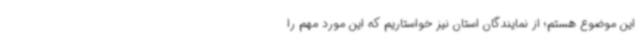
این موضوع هستم؛ از نمایندگان استان نیز خواستاریم که این مورد مهم را